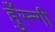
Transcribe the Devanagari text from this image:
हुँस्न्गी